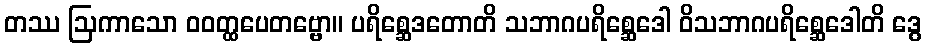
တဿ ဩကာသော ဝဝတ္ထပေတဗ္ဗော။ ပရိစ္ဆေဒတောတိ သဘာဂပရိစ္ဆေဒေါ ဝိသဘာဂပရိစ္ဆေဒေါတိ ဒွေ